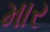
માર